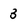
Character: 3